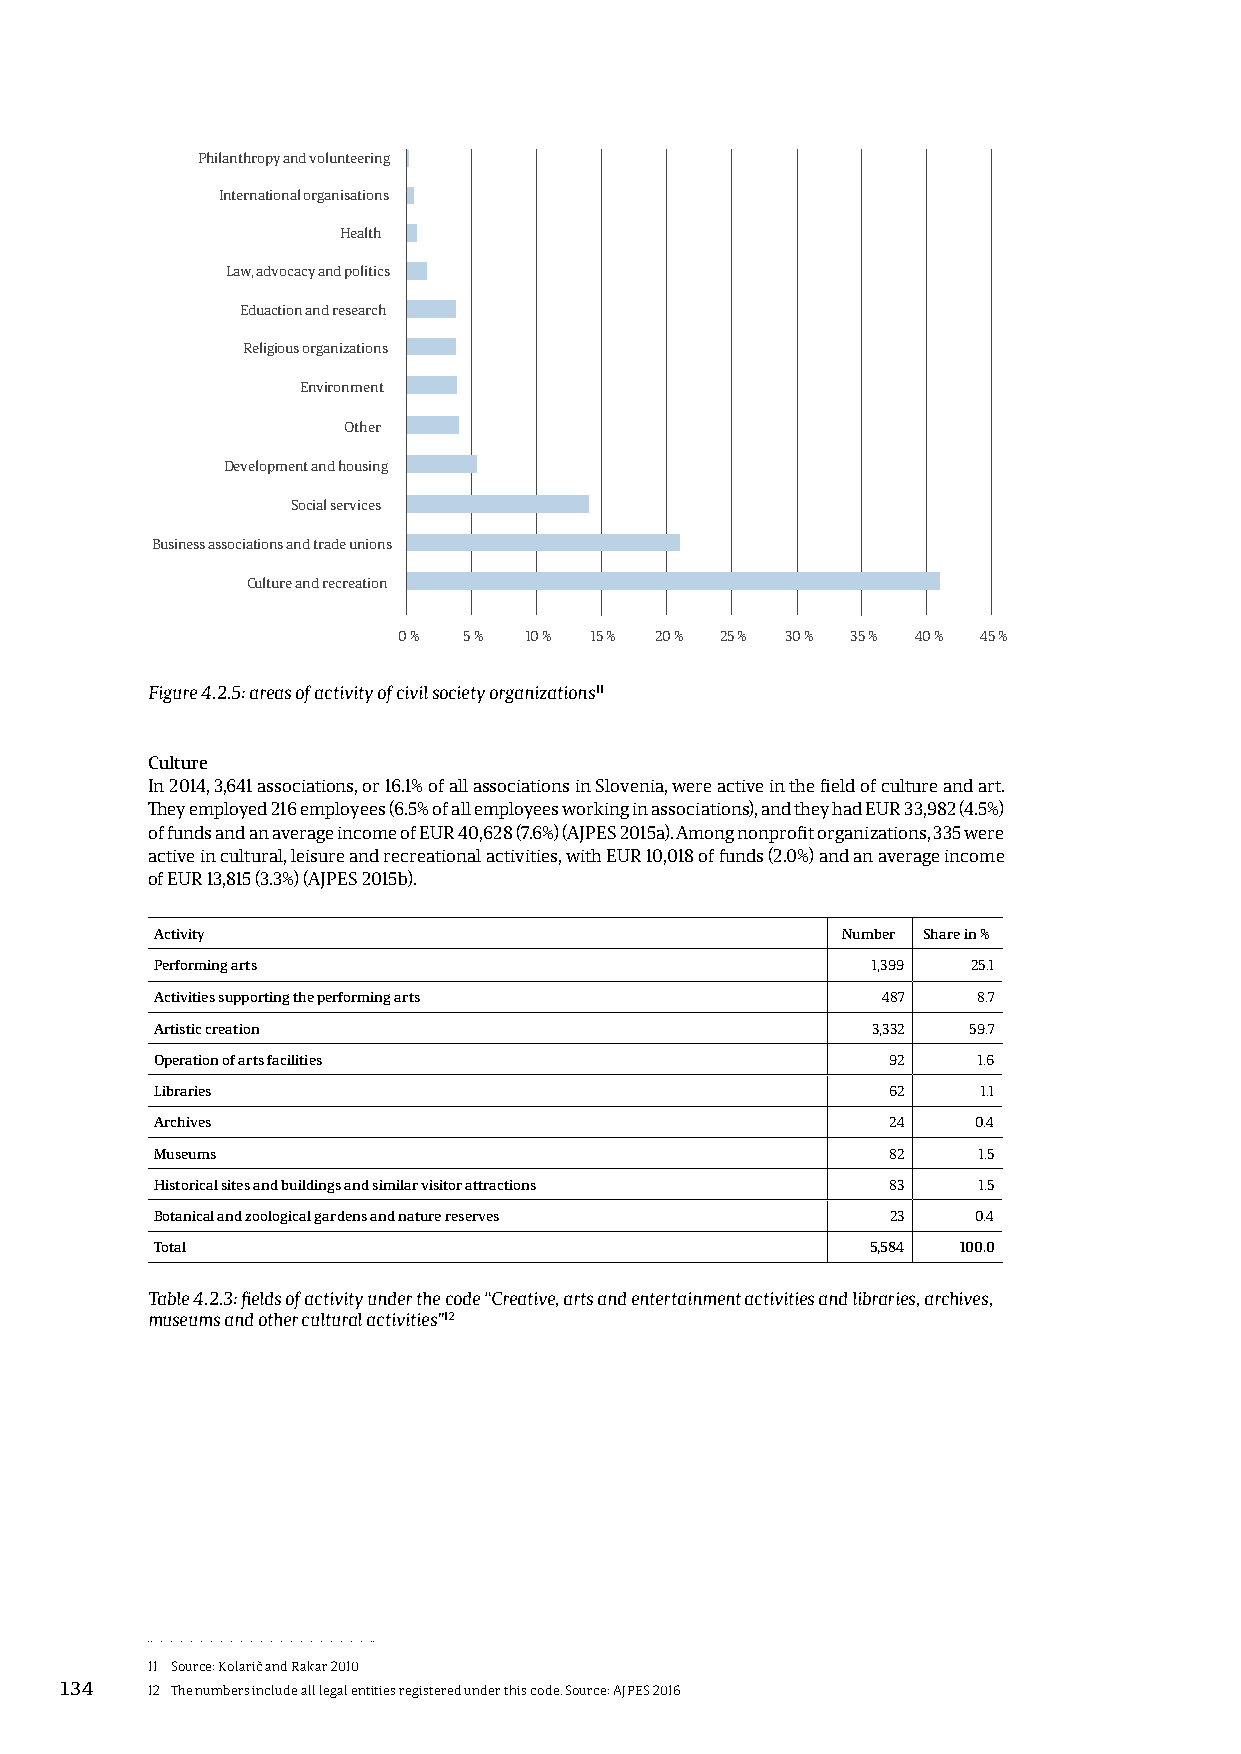
Philanthropy and volunteering
 International organisations
 Health
 Law, advocacy and politics
 Eduaction and research
 Religious organizations
 Environment
 Other
 Development and housing
 Social services
 Business associations and trade unions
 Culture and recreation
 0 %  5 % 10 % 15 % 20 % 25 % 30 % 35 % 40 % 45 %
 Figure 4.2.5: areas of activity of civil society organizations11
 Culture
 In 2014, 3,641 associations, or 16.1% of all associations in Slovenia, were active in the field of culture and art.
 They employed 216 employees (6.5% of all employees working in associations), and they had EUR 33,982 (4.5%)
 of funds and an average income of EUR 40,628 (7.6%) (AJPES 2015a). Among nonprofit organizations, 335 were
 active in cultural, leisure and recreational activities, with EUR 10,018 of funds (2.0%) and an average income
 of EUR 13,815 (3.3%) (AJPES 2015b).
 Activity                                      Number Share in %
 Performing arts                                 1,399 25.1
 Activities supporting the performing arts       487    8.7
 Artistic creation                               3,332 59.7
 Operation of arts facilities                     92    1.6
 Libraries                                        62    1.1
 Archives                                         24   0.4
 Museums                                          82    1.5
 Historical sites and buildings and similar visitor attractions 83 1.5
 Botanical and zoological gardens and nature reserves 23 0.4
 Total                                           5,584 100.0
 Table 4.2.3: fields of activity under the code “Creative, arts and entertainment activities and libraries, archives,
 museums and other cultural activities”12
 11 Source: Kolarič and Rakar 2010
 134   12 The numbers include all legal entities registered under this code. Source: AJPES 2016